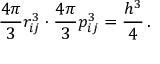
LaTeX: \frac { 4 \pi } { 3 } r _ { i j } ^ { 3 } \cdot \frac { 4 \pi } { 3 } p _ { i j } ^ { 3 } = \frac { h ^ { 3 } } { 4 } \, .